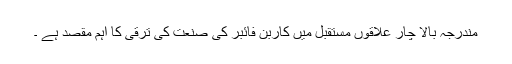
مندرجہ بالا چار علاقوں مستقبل میں کاربن فائبر کی صنعت کی ترقی کا اہم مقصد ہے ۔